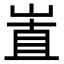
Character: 𡸽